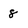
Character: 8